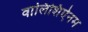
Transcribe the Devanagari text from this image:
वालिशिऐनम